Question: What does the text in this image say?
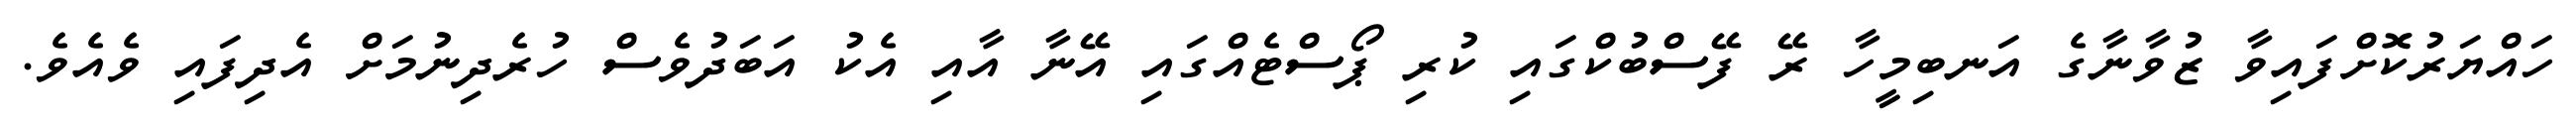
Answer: ހައްޔަރުކޮށްފައިވާ ޒުވާނާގެ އަނބިމީހާ ރޭ ފޭސްބުކްގައި ކުރި ޕޯސްޓެއްގައި އޭނާ އާއި އެކު އަބަދުވެސް ހުރެދިނުމަށް އެދިފައި ވެއެވެ.